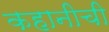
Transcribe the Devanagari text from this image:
कहानीची